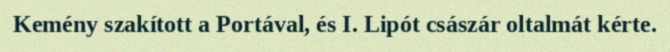
Kemény szakított a Portával, és I. Lipót császár oltalmát kérte.